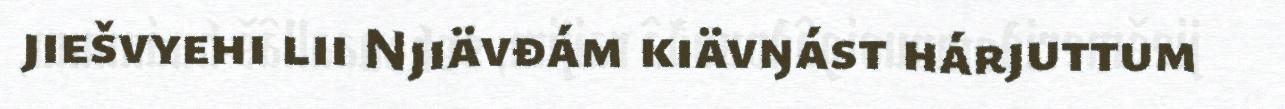
jiešvyehi lii Njiävđám kiävŋást hárjuttum